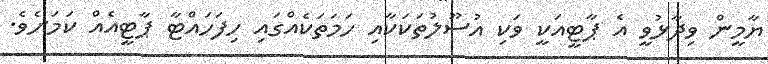
ޔާމީން ވިދާޅުވީ އެ ޕާޓީއަކީ ވަކި އުސޫލުތަކަކާއި ހަމަތަކެއްގައި ހިފަހައްޓާ ޕާޓީއެއް ކަމަށެވެ.